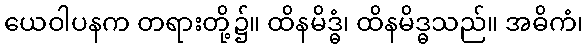
ယေဝါပနက တရားတို့၌။ ထိနမိဒ္ဓံ၊ ထိနမိဒ္ဓသည်။ အဓိကံ၊